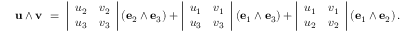
\mathbf { u } \wedge \mathbf { v } \ = \ { \left| \begin{array} { l l } { u _ { 2 } } & { v _ { 2 } } \\ { u _ { 3 } } & { v _ { 3 } } \end{array} \right| } \left( \mathbf { e } _ { 2 } \wedge \mathbf { e } _ { 3 } \right) + { \left| \begin{array} { l l } { u _ { 1 } } & { v _ { 1 } } \\ { u _ { 3 } } & { v _ { 3 } } \end{array} \right| } \left( \mathbf { e } _ { 1 } \wedge \mathbf { e } _ { 3 } \right) + { \left| \begin{array} { l l } { u _ { 1 } } & { v _ { 1 } } \\ { u _ { 2 } } & { v _ { 2 } } \end{array} \right| } \left( \mathbf { e } _ { 1 } \wedge \mathbf { e } _ { 2 } \right) .